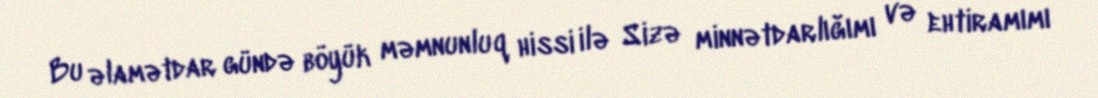
Bu əlamətdar gündə böyük məmnunluq hissi ilə Sizə minnətdarlığımı və ehtiramımı